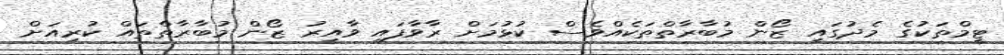
ޓީމްތަކުގެ މެދުގައި ޒޯން މުބާރާތްތަކެއްވެސް ކުޅުމަށް ރާވާފައި ވާއިރު ޒޯން މުބާރާތްތައް ކުރިއަށް